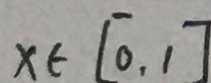
x \in [ 0 , 1 ]